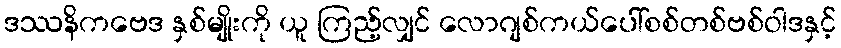
ဒဿနိကဗေဒ နှစ်မျိုးကို ယူ ကြည့်လျှင် လောဂျစ်ကယ်ပေါ်စစ်တစ်ဗစ်ဝါဒနှင့်